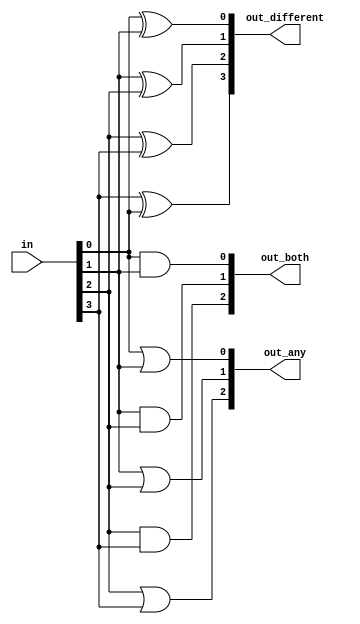
module top_module( 
    input [3:0] in,
    output [2:0] out_both,
    output [3:1] out_any,
    output [3:0] out_different );
    reg [3:0] out_different_1;
    reg [2:0]out_both_1;
    reg [3:1] out_any_1;
    assign out_different = out_different_1;
    assign out_both = out_both_1;
    assign out_any = out_any_1;
    integer i;
    always @(*) begin
    out_both_1=3'b0;
    for(i=0;i<3;i=i+1)
        begin
            out_both_1[i]=(in[i]&in[i+1]);
            out_any_1[i+1]=(in[i]|in[i+1]);
            out_different_1[i]=(in[i]^in[i+1]);
        end
    out_different_1[3]=in[3]^in[0];
    end
endmodule
module top_module( 
    input [3:0] in,
    output [2:0] out_both,
    output [3:1] out_any,
    output [3:0] out_different );
    assign out_both = {(in[2]&in[3]),(in[1]&in[2]),(in[0]&in[1])};
    assign out_any = {in[2]|in[3],in[1]|in[2],in[0]|in[1]};
    assign out_different = {(in[3]^in[0]),(in[2]^in[3]),(in[1]^in[2]),(in[0]^in[1])};
endmodule